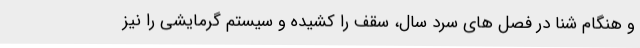
و هنگام شنا در فصل های سرد سال، سقف را کشیده و سیستم گرمایشی را نیز